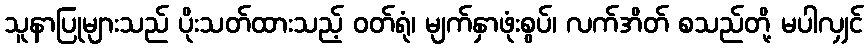
သူနာပြုများသည် ပိုးသတ်ထားသည့် ဝတ်ရုံ၊ မျက်နှာဖုံးစွပ်၊ လက်အိတ် စသည်တို့ မပါလျှင်